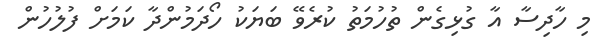
މި ހާދިސާ އާ ގުޅިގެން ތުހުމަތު ކުރެވޭ ބަޔަކު ހޯދަމުންދާ ކަމަށް ފުލުހުން